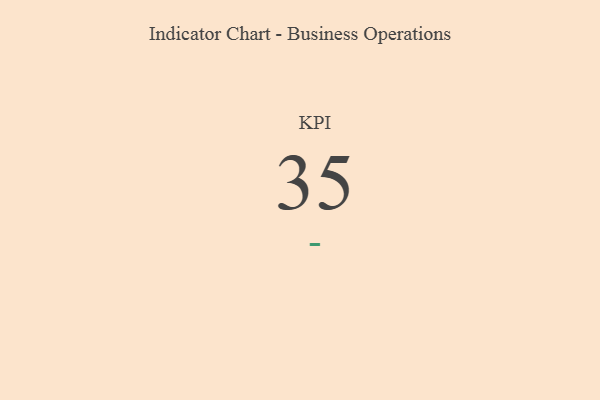
{"axis": {"x": "KPI", "y": "Value"}, "legend": [""], "data": [{"x": "KPI", "y": 35, "type": ""}]}